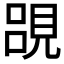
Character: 𮗔